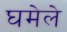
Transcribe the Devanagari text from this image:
घमेले